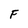
Character: F